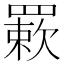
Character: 𦌊